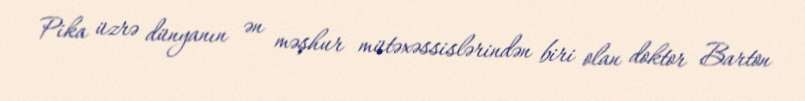
Pika üzrə dünyanın ən məşhur mütəxəssislərindən biri olan doktor Barton